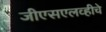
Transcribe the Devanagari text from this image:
जीएसएलव्हीचे